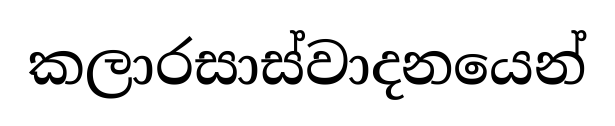
කලාරසාස්වාදනයෙන්